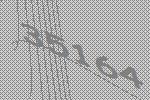
35164